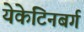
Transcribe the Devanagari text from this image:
येकेटिनबर्ग